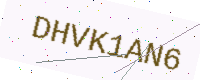
Text: DHVK1AN6